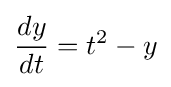
{\frac {dy}{dt}}=t^{2}-y